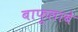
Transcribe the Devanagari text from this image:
बाफूलाबे